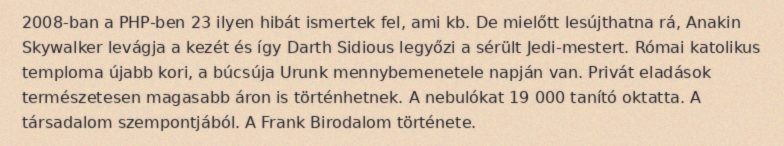
2008-ban a PHP-ben 23 ilyen hibát ismertek fel, ami kb. De mielőtt lesújthatna rá, Anakin Skywalker levágja a kezét és így Darth Sidious legyőzi a sérült Jedi-mestert. Római katolikus temploma újabb kori, a búcsúja Urunk mennybemenetele napján van. Privát eladások természetesen magasabb áron is történhetnek. A nebulókat 19 000 tanító oktatta. A társadalom szempontjából. A Frank Birodalom története.